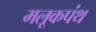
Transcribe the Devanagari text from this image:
मलूकपंथ